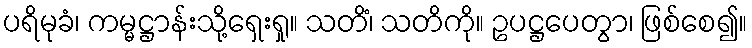
ပရိမုခံ၊ ကမ္မဋ္ဌာန်းသို့ရှေးရှု။ သတိံ၊ သတိကို။ ဥပဋ္ဌပေတွာ၊ ဖြစ်စေ၍။